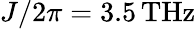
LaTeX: J/2\pi=3.5\, \mathrm{THz}